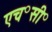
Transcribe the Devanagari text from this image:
एच॰सी॰